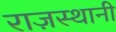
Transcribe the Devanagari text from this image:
राज़स्थानी